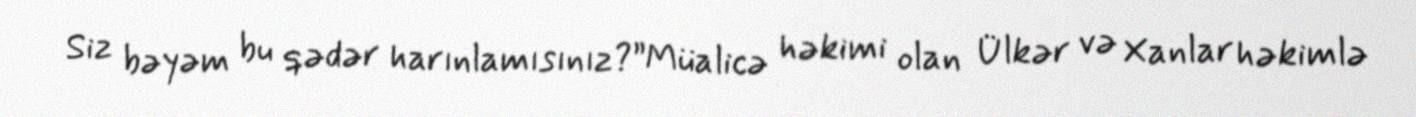
Siz bəyəm bu qədər harınlamısınız?”Müalicə həkimi olan Ülkər və Xanlar həkimlə